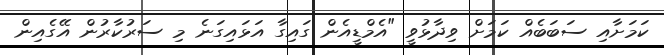
ކަމަށާއި ސަބަބެއް ކަމަށް ވިދާޅުވީ "އެމްޑީއެން ގައިގާ އަޅައިގަނެ މި ސަރުކާރުުން އޭގެއިން